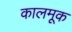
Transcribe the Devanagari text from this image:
कालमूक